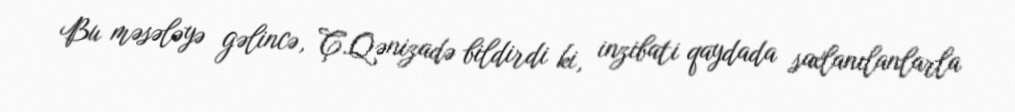
Bu məsələyə gəlincə, Ç.Qənizadə bildirdi ki, inzibati qaydada saxlanılanlarla